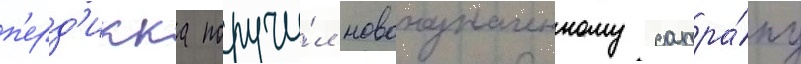
п'ерд'икка поручи́л новоназначенному сатра́пу